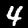
Label: 4